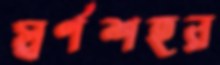
স্বর্ণশহর